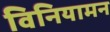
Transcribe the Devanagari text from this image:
विनियामन